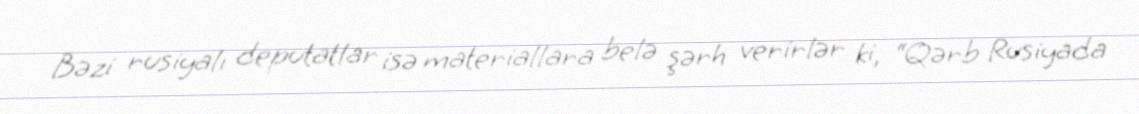
Bəzi rusiyalı deputatlar isə materiallara belə şərh verirlər ki, “Qərb Rusiyada